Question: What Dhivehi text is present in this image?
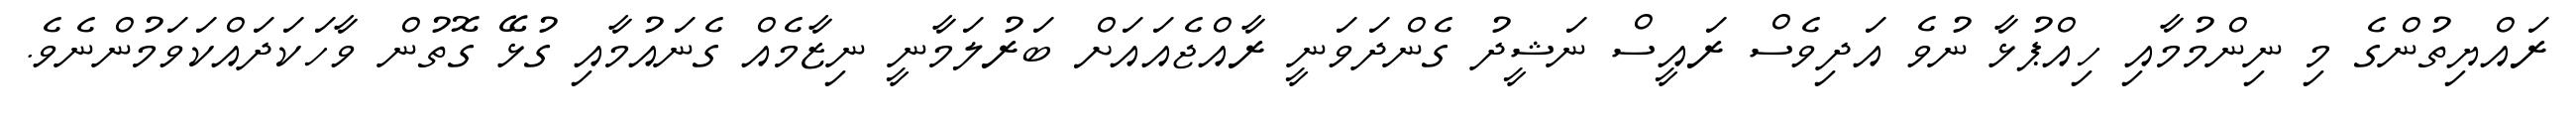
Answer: ރައްޔިތުންގެ މި ނިންމުމާއި ހިއްޕުޅާ ނުވެ އަދިވެސް ރައީސް ނަޝީދު ގެންދަވަނީ ރާއްޖެއައަށް ބަރުލަމާނީ ނިޒާމެއް ގެނައުމާއި ގުޅޭ ގޮތުން ވާހަކަދައްކަވަމުންނެވެ.